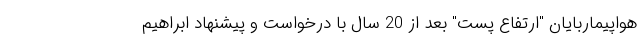
هواپیماربایان "ارتفاع پست" بعد از 20 سال با درخواست و پیشنهاد ابراهیم